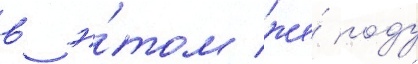
в э́том же́ году